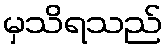
မှသိရသည်